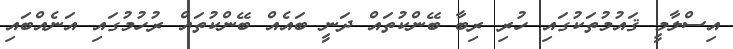
އިސްލާމީ ޤައުމުތަކުގައި ހުރި ރިބާ ބޭންކުތައް ދަނީ ބައެއް ބޭންކުތައް ރުހުމުގައި އަނެއްބައި